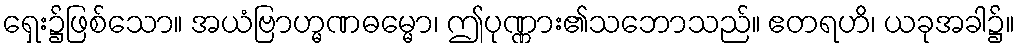
ရှေး၌ဖြစ်သော။ အယံဗြာဟ္မဏဓမ္မော၊ ဤပုဏ္ဏား၏သဘောသည်။ ဧတရဟိ၊ ယခုအခါ၌။